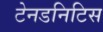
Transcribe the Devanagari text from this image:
टेनडनिटिस